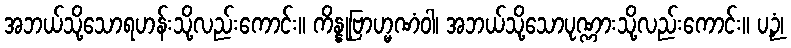
အဘယ်သို့သောရဟန်းသို့လည်းကောင်း။ ကိန္နုဗြာဟ္မဏံဝါ၊ အဘယ်သို့သောပုဏ္ဏားသို့လည်းကောင်း။ ပဉှံ၊